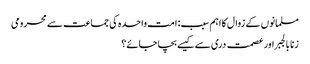
مسلمانوں کے زوال کا اہم سبب: امت واحدہ کی جماعت سے محرومی
زنا بالجبر اور عصمت دری سے کیسے بچا جائے؟